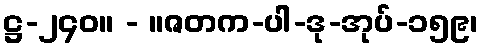
ဋ္ဌ-၂၄၀။ - ။ဇတက-ပါ-ဒု-အုပ်-၁၅၉၊